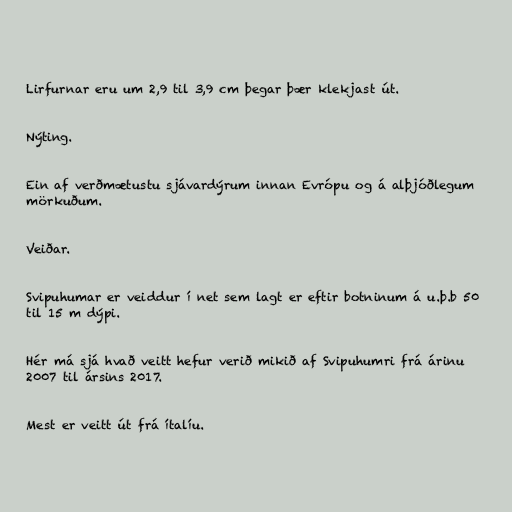
Lirfurnar eru um 2,9 til 3,9 cm þegar þær klekjast út.

Nýting.

Ein af verðmætustu sjávardýrum innan Evrópu og á alþjóðlegum
mörkuðum.

Veiðar.

Svipuhumar er veiddur í net sem lagt er eftir botninum á u.þ.b 50
til 15 m dýpi.

Hér má sjá hvað veitt hefur verið mikið af Svipuhumri frá árinu
2007 til ársins 2017.

Mest er veitt út frá ítalíu.